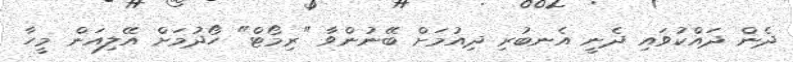
ދެން ދައްކުވައި ދެނީ އެނބުރި ދިއުމަށް ބޭނުންވާ "ރިމޯޓް" ހޯދުމަށް އޭލިއަން މީހާ